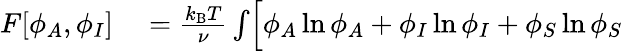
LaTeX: \begin{array}{rl}{F[\phi_{A},\phi_{I}]}&{{}=\frac{k_{\mathrm{B}}T}{\nu}\int\Bigl[\phi_{A}\ln\phi_{A}+\phi_{I}\ln\phi_{I}+\phi_{S}\ln\phi_{S}}\end{array}